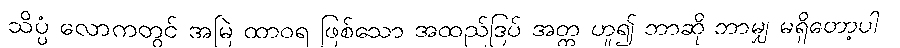
သိပ္ပံ လောကတွင် အမြဲ ထာဝရ ဖြစ်သော အထည်ဒြပ် အတ္တ ဟူ၍ ဘာဆို ဘာမျှ မရှိတော့ပါ